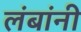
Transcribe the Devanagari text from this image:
लंबांनी